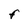
Character: F